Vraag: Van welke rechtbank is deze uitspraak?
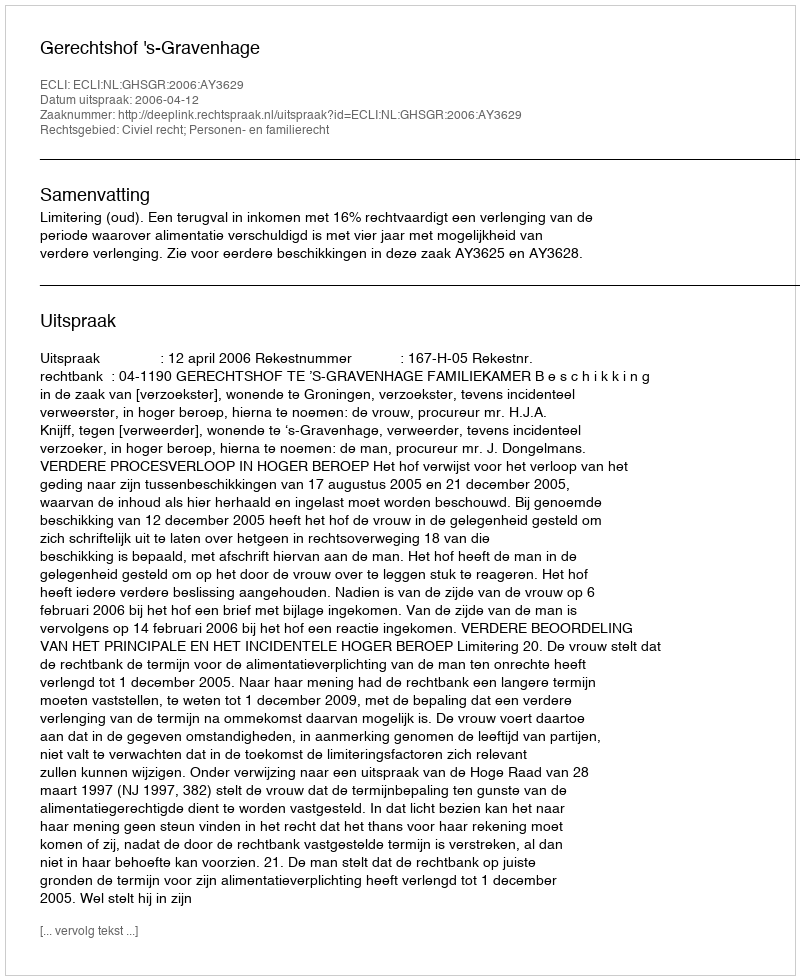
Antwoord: Gerechtshof 's-Gravenhage